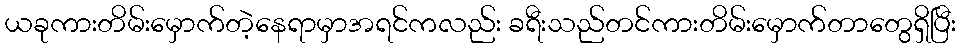
ယခုကားတိမ်းမှောက်တဲ့နေရာမှာအရင်ကလည်း ခရီးသည်တင်ကားတိမ်းမှောက်တာတွေရှိပြီး